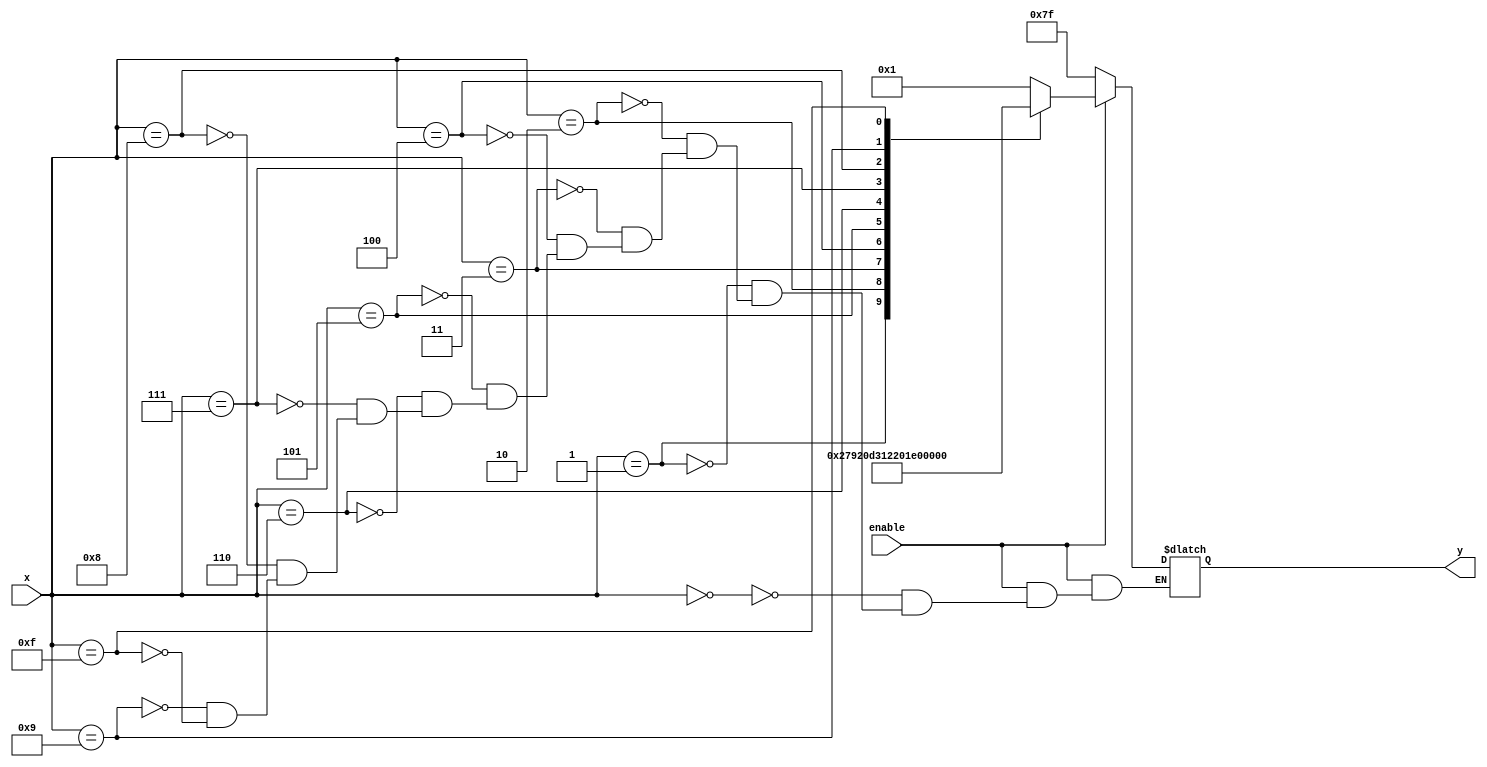
`timescale 1ns / 1ps
//////////////////////////////////////////////////////////////////////////////////
// Company: 
// Engineer: 
// 
// Design Name: 
// Module Name: bcd
// Project Name: 
// Target Devices: 
// Tool Versions: 
// Description: 
// 
// Dependencies: 
// 
// Revision:
// Revision 0.01 - File Created
// Additional Comments:
// 
//////////////////////////////////////////////////////////////////////////////////


module sdcc (x, enable , y);
input [3:0] x;

//input [1:0] select ;
input enable ;
output reg [6:0] y;
//output reg [3:0] enableOut ;
 always @(x, enable ) begin
 if( enable )
 case (x)
4'b0000 : y = 7'b0000_001 ;
4'b0001 : y = 7'b1001_111 ;
4'b0010 : y = 7'b0010_010 ;
4'b0011 : y = 7'b0000_110 ;
4'b0100 : y = 7'b1001_100 ;
4'b0101 : y = 7'b0100_100 ;
4'b0110 : y = 7'b0100_000 ;
4'b0111 : y = 7'b0001_111 ;
4'b1000 : y = 7'b0000_000 ;
4'b1001 : y = 7'b0000_100 ;
4'b1111 : y=  7'b1111_110 ;

endcase
else
y = 7'b1111_111 ;
end
//always @(enableOut) begin
//case (select)  
//2'b00 : enableOut = 4'b0111;
//2'b01 : enableOut = 4'b1011;
//2'b10 : enableOut = 4'b1101;
//2'b11 : enableOut = 4'b1110;
//default :  enableOut = 4'b1111;
//endcase
//end
endmodule